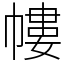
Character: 㡞